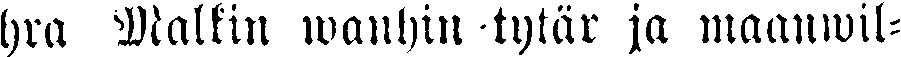
hra Malkin wanhin tytär ja maanwil-